Civil Veterinary Dept. Bombay admin report 1932-41 - 1932-1941
Year: 1932
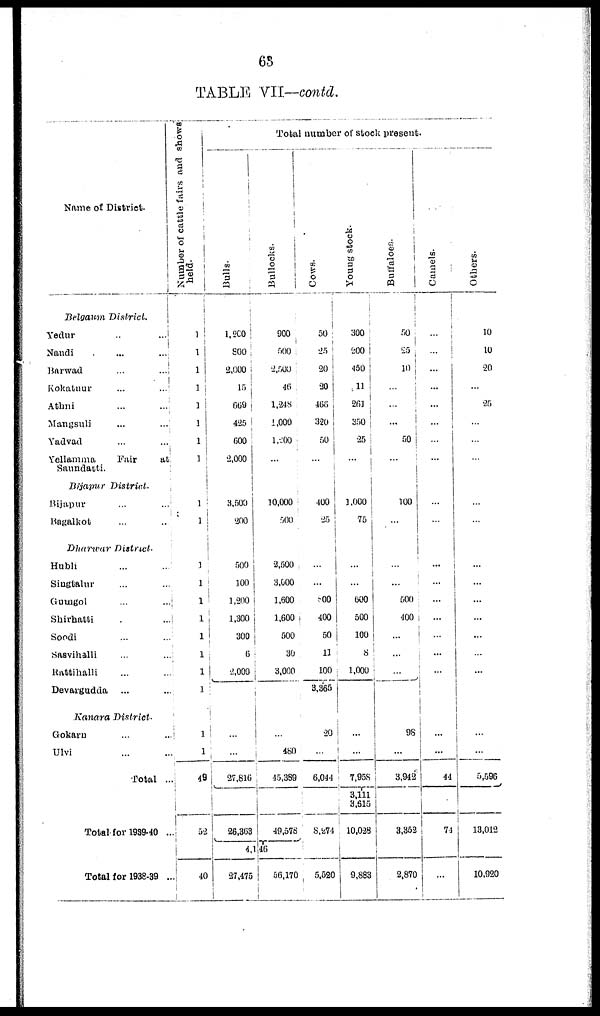
63
TABLE VII—contd.
Name of District.
Belgaum District.
Yedur .. ...
Nandi ... ...
Barwad ... ...
Kokatuur ... ...
Athni ... ...
Mangsuli ... ...
Yadvad ... ...
Yellamma
Fair
at
Saundatti.
Bijapur
District.
Bijapur ... ...
Bagalkot ... ...
Dharwar
District.
Hubli ... ...
Singtalur ... ...
Gumgol ... ...
Shirhatti ...
Soodi ... ...
Sasvihalli ... ...
Rattihalli ... ...
Devargudda ... ...
Kanara District.
Gokarn ... ...
Ulvi ... ...
Total ..
Total for 1939-40 ..
Total for 1938-39 ..
Number of cattle fairs and shows
held.
1
1
1
1
1
1
1
1
1
1
1
1
1
1
1
1
1
1
1
1
49
52
40
Total number of stock present.
Bulls.
1,200
800
2,000
15
669
425
600
2,000
3,500
200
500
100
1,200
1,300
300
6
2,000
Bullocks.
900
500
2,500
46
1,248
1,000
1,200
...
10,000
500
2,500
3,000
1,600
1,600
500
30
3,000
Cows.
50
25
20
20
468
320
50
...
400
25
...
...
800
400
50
11
100
Young stock.
300
200
450
11
261
350
25
...
1,000
75
...
...
600
500
100
8
1,000
Buffaloes.
50
25
10
...
...
...
50
...
100
...
...
...
500
400
...
...
...
3,365
...
...
27,816
26,363
...
480
45,389
49,578
4,146
27,475
56,170
20
...
6,044
8,274
5,520
...
...
7,958
3,111
3,615
10,028
9,883
98
...
3,942
3,352
2,870
Camels.
...
...
...
...
...
...
...
...
...
...
...
...
...
...
...
...
...
...
...
44
74
...
Others.
10
10
20
...
25
...
...
...
...
...
...
...
...
...
...
...
...
...
...
5,596
13,012
10,920